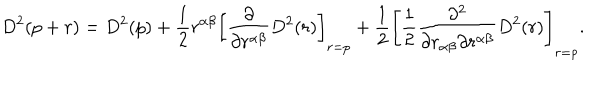
D ^ { 2 } ( p + r ) = D ^ { 2 } ( p ) + \frac { 1 } { 2 } r ^ { \alpha \beta } \left[ \frac { \partial } { \partial r ^ { \alpha \beta } } D ^ { 2 } ( r ) \right] _ { r = p } + \frac { 1 } { 2 } \left[ \frac { 1 } { 2 } \frac { \partial ^ { 2 } } { \partial r _ { \alpha \beta } \partial r ^ { \alpha \beta } } D ^ { 2 } ( r ) \right] _ { r = p } .